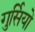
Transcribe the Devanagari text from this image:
गुर्सियो